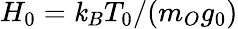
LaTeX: H_{0}=\mathit{k}_{B}T_{0}/(m_{O}g_{0})